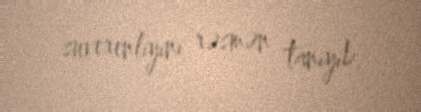
suverenliyini rəsmən tanıyıb.